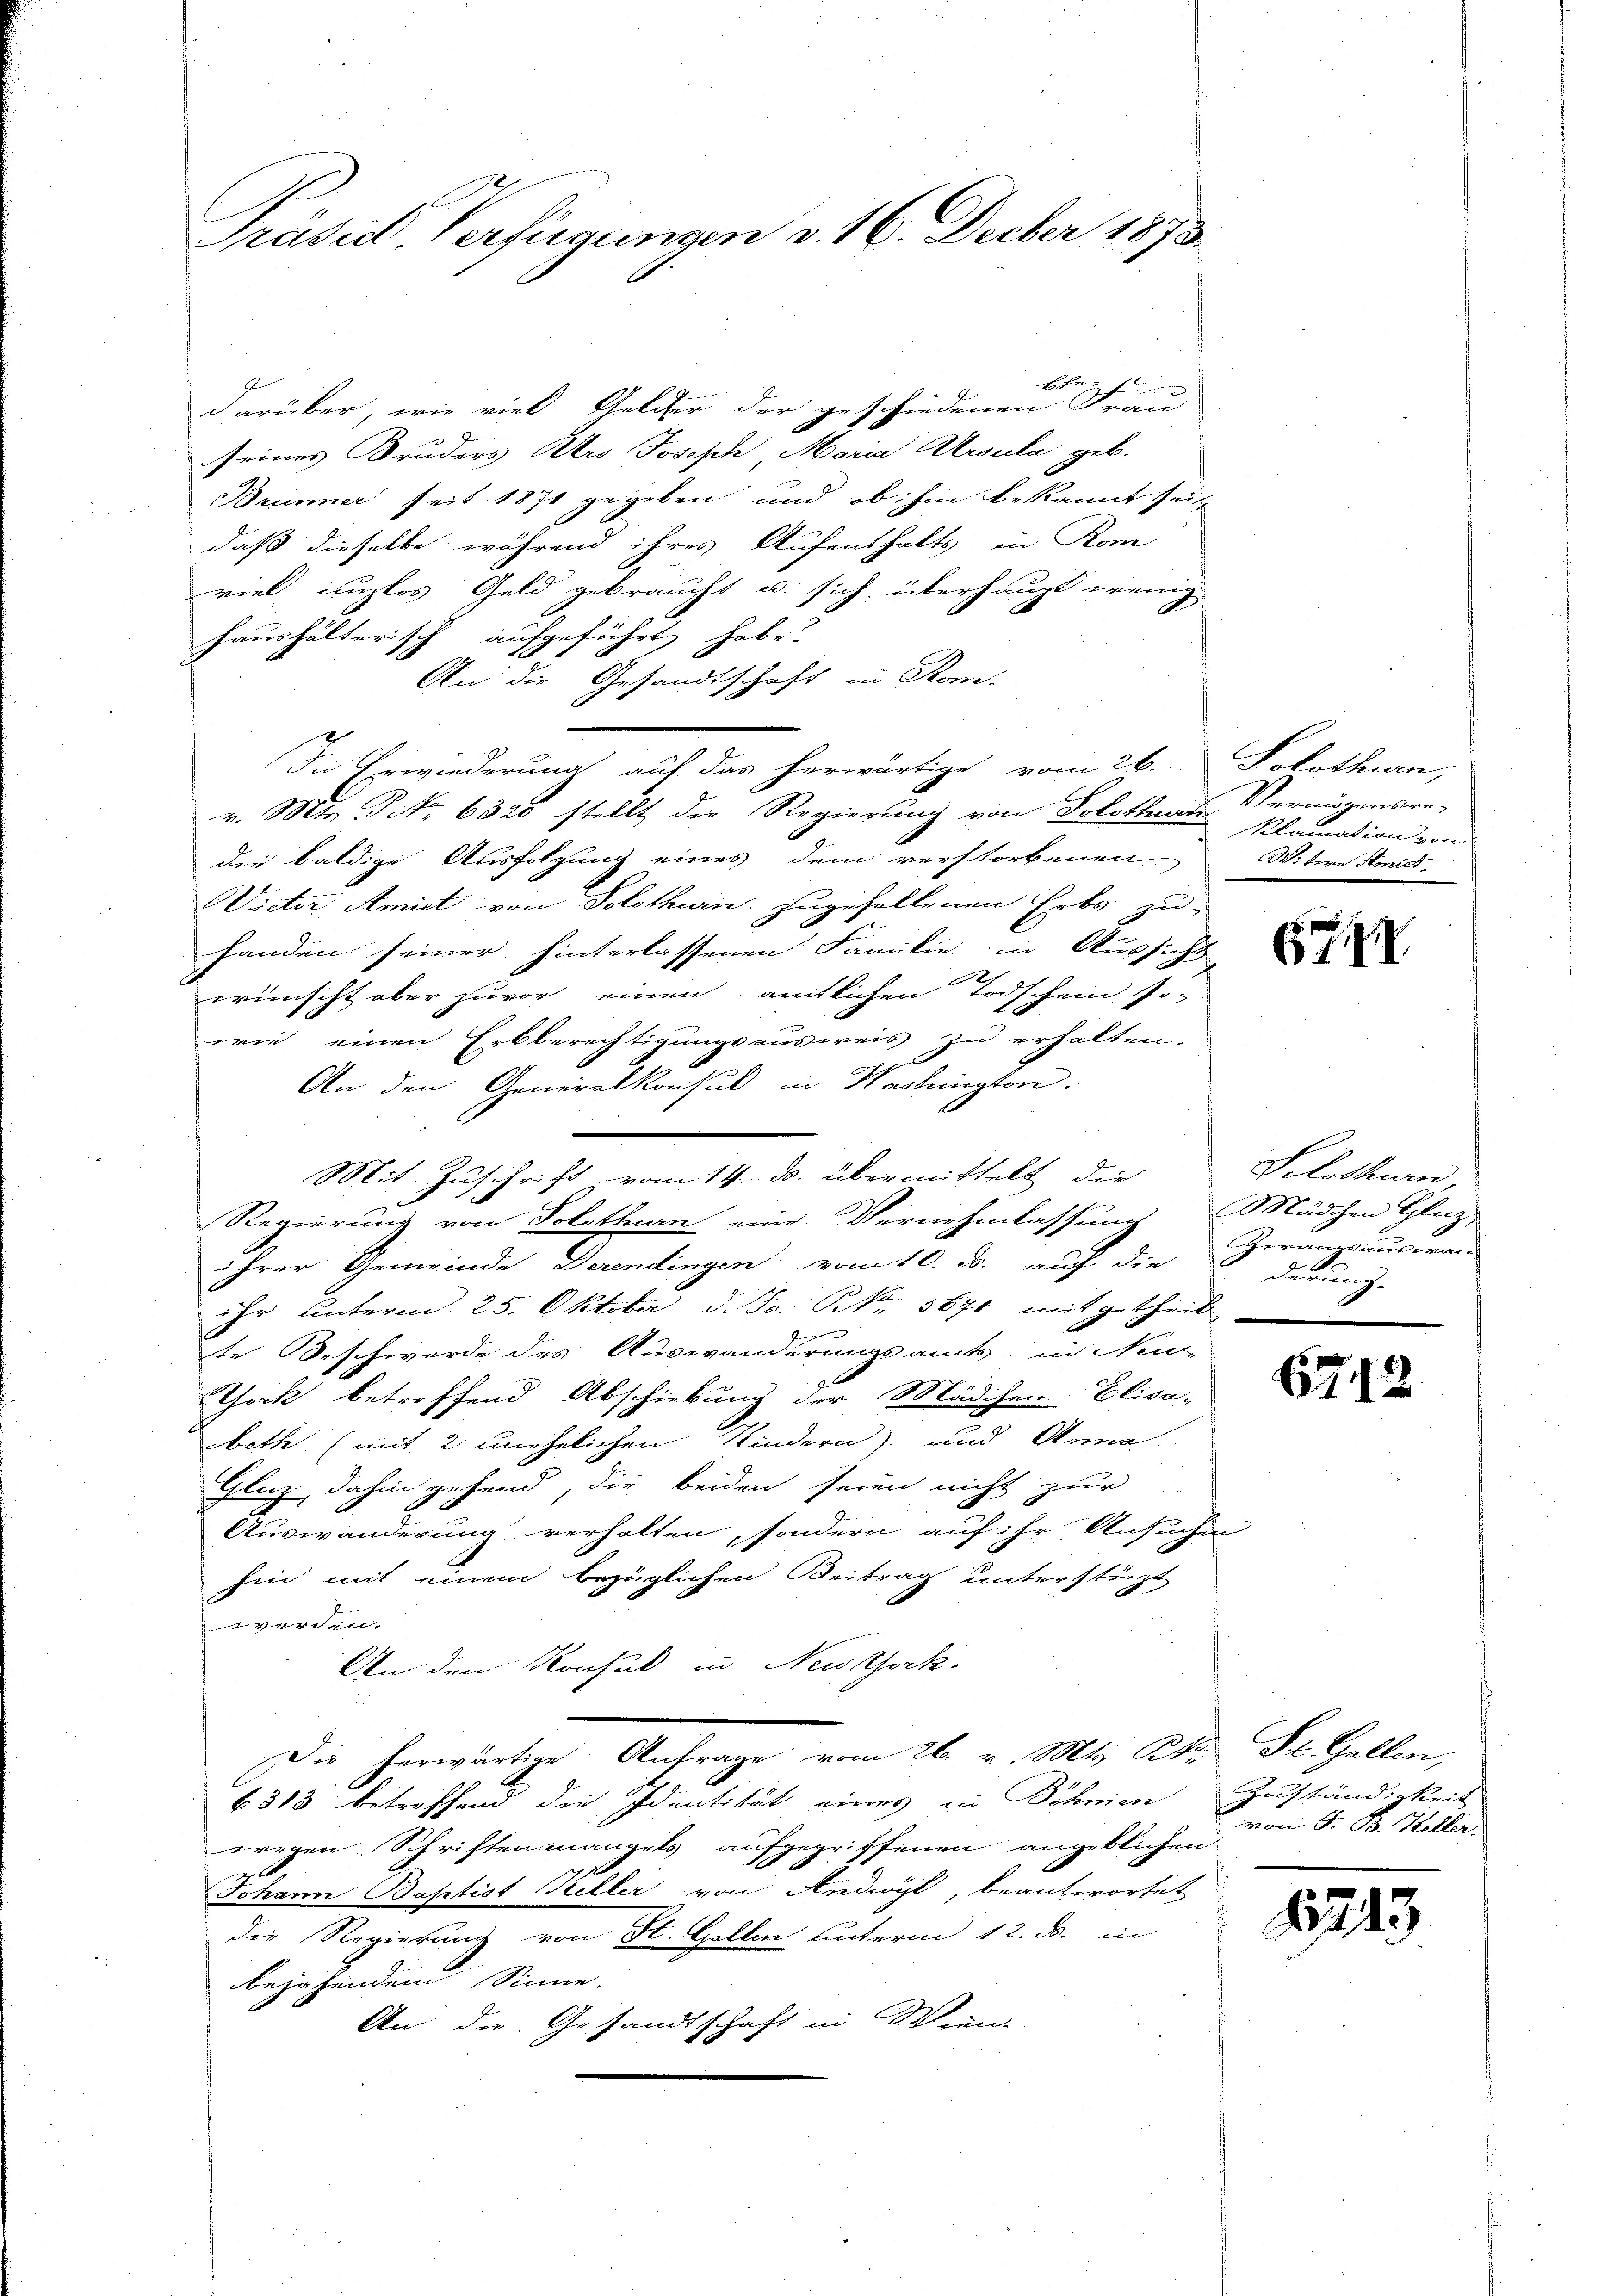
Präsid Verfügungen v. 16. Decber 1873

Chr. f
darüber, wie viel Gelder der geschiedenen Frau
seines Bruders Ars Joseph Maria Ursula geb.
Brunner seit 1871 gegeben und ob ihm bekannt sein
daß dieselbe während ihres Aufenthalts in Kom
viel unzlos Geld gebraucht u. sich überhaupt wenig
haushalterisch aufgeführt habe?
An die Gesandtschaft in Kom-
In Erwiederung auf das herwärtige vom 26. Solothurn,
v. Mts. S. 6325 stellt die Regierung von Solothat Vermögensre-
die baldige Ausfolgung eines dem verstorbenen
Victor Amiet von Solothurn zugefallenen Erbs zu-
handen seiner hinterlassenen Familie in Aussicht
.
wünscht aber zuvor einen amtlichen Todschein Jo-
e
wie einen Erbberechtigungsausweis zu erhalten.
e
Ich
An den Generalkonsul in Haslington
Regierung von Solothurn eine Vernehmlassung Mädchen Glag
hrer Gemeinde Derendingen vom 10. ds. auf die
ihr unterm 25. Oktober d. J. Nr. 5871 mitgetheil
te Beschwerde des Auswanderungsamts in Neu-
Thock betreffend Abschiebung der Mädchen Elisa-
beth (mit 2 unehelichen Kindern) und Anna
Gluz, dahin gehend, die beiden seien nicht zur
Auswanderung verhalten, sondern auf ihr Ansuchen
hin mit einem bezüglichen Beitrag unterstüzt
verden.
An den Konsul in Neuthork
Die herwärtige Anfrage vom 26. v. Mts. Zt. St. Gallen,
6313 betreffend die Identität eines in Döhnien Zuständigkeit
wegen Schriftenmangels aufgegriffenen angeblichen
Johann Baptist Heller von Andiwyl, beantwortet
die Regierung von St. Gallen unterm 12. ds. in
bejahendem Sinne.
An die Gesandtschaft in Wien

Mit Zuschrift vom 14. ds. übermittelt die Solothurn

klamation von
W: Bern Amist

E

Heranzsauveran-
derung.

67. 12

von F. B. Keller.

1213